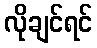
လိုချင်ရင်